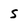
Character: S